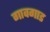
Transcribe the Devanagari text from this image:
गावगाड